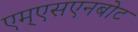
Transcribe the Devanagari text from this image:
एम्एसएनबोट